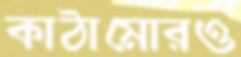
কাঠামোরও